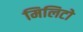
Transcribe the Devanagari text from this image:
मिलिटो